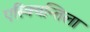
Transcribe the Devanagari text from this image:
एस्क्विन्तिला